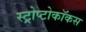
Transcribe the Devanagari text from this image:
स्ट्रोप्टोकॉकस